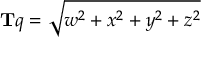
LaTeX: \mathbf { T } q = { \sqrt { w ^ { 2 } + x ^ { 2 } + y ^ { 2 } + z ^ { 2 } } }